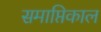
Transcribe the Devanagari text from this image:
समाप्तिकाल